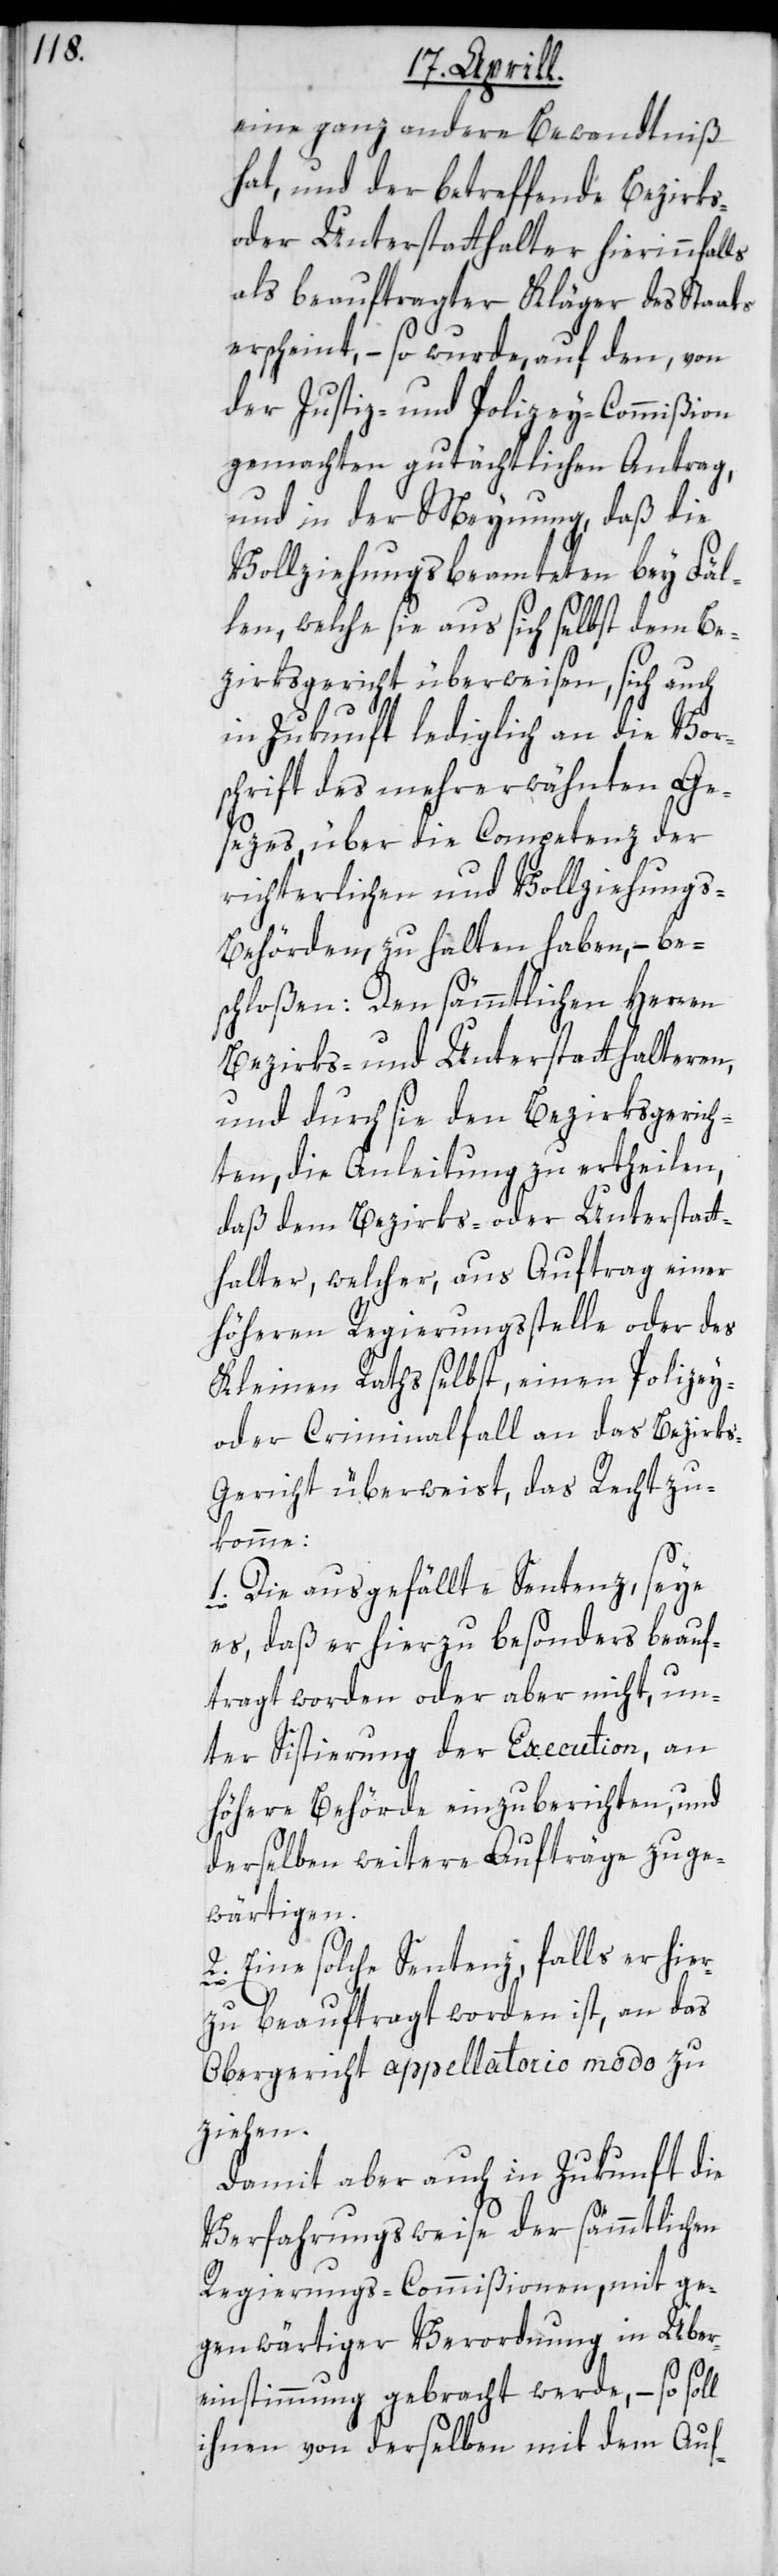
eine ganz andere Bewandtniß
hat, und der betreffende Bezirks-
oder Unterstatthalter hierinnfalls
als beauftragter Kläger des Staats
erscheint, – so wurde, auf den, von
der Justiz- und Polizey-Commißion
gemachten gutächtlichen Antrag,
und in der Meynung, daß die
Vollziehungsbeamteten bey Fäl¬
len, welche sie aus sich selbst dem Be¬
zirksgericht überweisen, sich auch
in Zukunft lediglich an die Vor¬
schrift des mehrerwähnten Ge¬
sezes, über die Competenz der
richterlichen und Vollziehung¬
s-Behörden, zu halten haben, – be¬
schloßen: Den sämmtlichen Herren
Bezirks- und Unterstatthalteren,
und durch sie den Bezirksgerich¬
ten, die Anleitung zu ertheilen,
daß dem Bezirks- oder Unterstatt¬
halter, welcher, aus Auftrag einer
höhern Regierungsstelle oder des
Kleinen Raths selbst, einen Polizey-
oder Criminalfall an das Bezirk¬
s-Gericht überweist, das Recht zu¬
komme:
1. Die ausgefällte Sentenz, seye
es, daß er hierzu besonders beauf¬
tragt worden oder aber nicht, un¬
ter Sistierung der Execution, an
höhere Behörde einzuberichten, und
derselben weitere Aufräge zu ge¬
wärtigen.
2. Eine solche Sentenz, falls er hier¬
zu beauftragt worden ist, an das
Obergericht appellatorio modo zu
ziehen.
Damit aber auch in Zukunft die
Verfahrungsweise der sämmtlichen
Regierungs-Commißionen, mit ge¬
genwärtiger Verordnung in Über¬
einstimmung gebracht werde, – so soll
ihnen von derselben mit dem Auf-